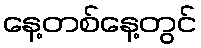
နေ့တစ်နေ့တွင်